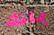
يمكنك